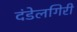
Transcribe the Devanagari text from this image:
दंडेलगिरी